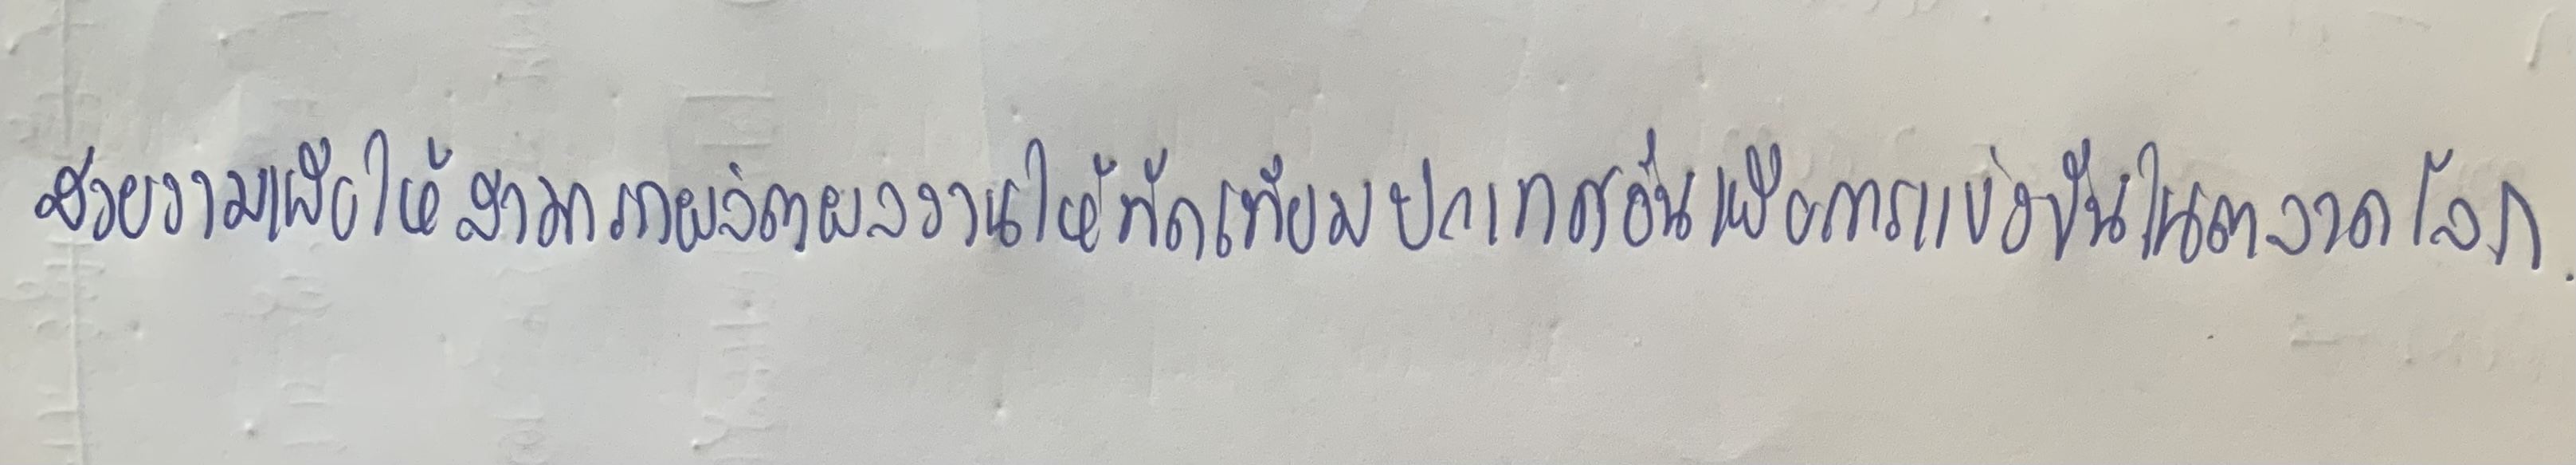
สวยงามเพื่อให้สามารถผลิตผลงานให้ทัดเทียมประเทศอื่นเพื่อการแข่งขันในตลาดโลก